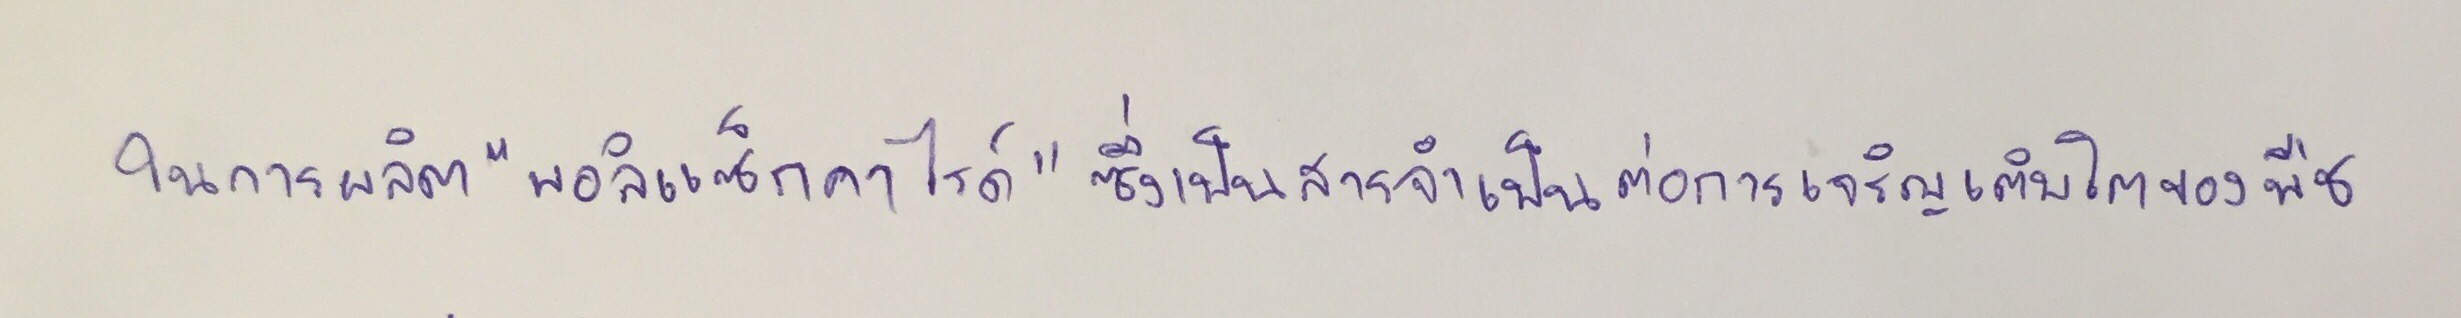
ในการผลิต"พอลิแซ็กคาไรด์"ซึ่งเป็นสารจำเป็นต่อการเจริญเติบโตของพืช